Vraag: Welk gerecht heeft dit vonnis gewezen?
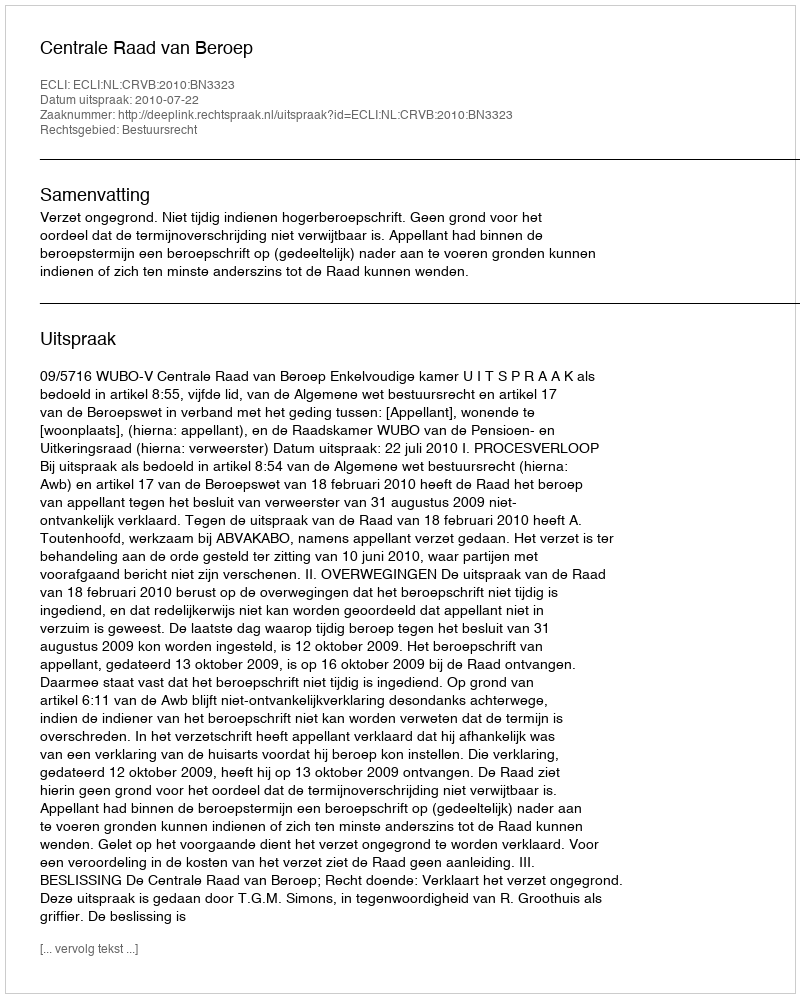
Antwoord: Centrale Raad van Beroep